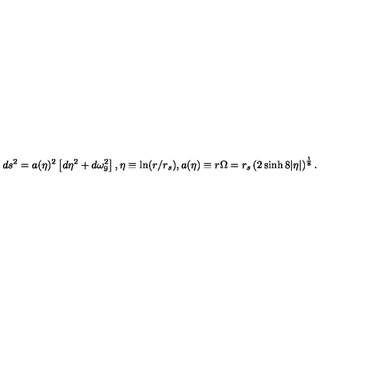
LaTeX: d s ^ { 2 } = a ( \eta ) ^ { 2 } \left[ d \eta ^ { 2 } + d \omega _ { 9 } ^ { 2 } \right] , \eta \equiv \ln ( r / r _ { s } ) , a ( \eta ) \equiv r \Omega = r _ { s } \left( 2 \sinh 8 | \eta | \right) ^ { \frac { 1 } { 8 } } .